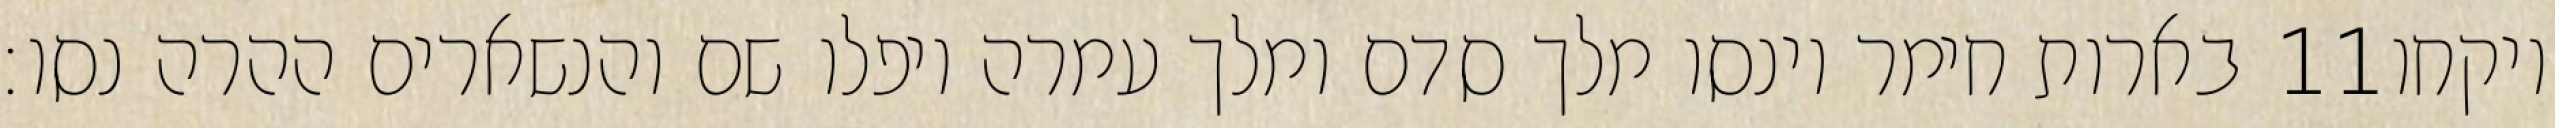
בארות חימר וינסו מלך סדם ומלך עמרה ויפלו שם והנשארים ההרה נסו׃ ‎11‏ ויקחו